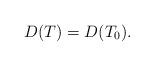
LaTeX: \begin{align*}D(T) = D(T_0).\end{align*}